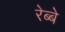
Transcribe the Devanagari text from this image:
रेब्बे